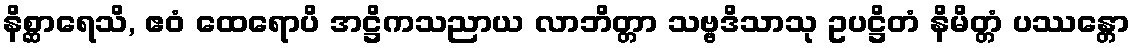
နိစ္ဆာရေသိ, ဧဝံ ထေရောပိ အဋ္ဌိကသညာယ လာဘိတ္တာ သဗ္ဗဒိသာသု ဥပဋ္ဌိတံ နိမိတ္တံ ပဿန္တော